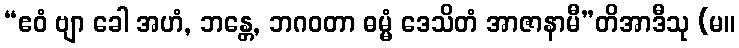
“ဧဝံ ဗျာ ခေါ အဟံ, ဘန္တေ, ဘဂဝတာ ဓမ္မံ ဒေသိတံ အာဇာနာမီ”တိအာဒီသု (မ။